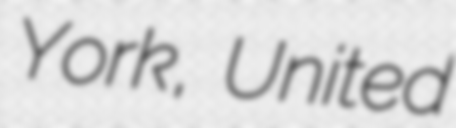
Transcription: York, United